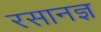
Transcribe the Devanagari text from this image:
रसानज्ञ